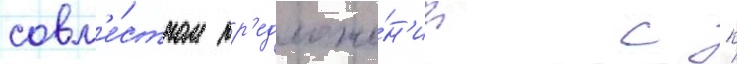
совм'е́стном пр'едложе́н'ии с к